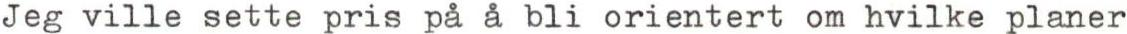
Jeg ville sette pris på å bli orientert om hvilke planer